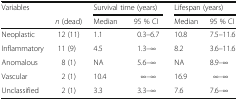
| <ROWSPAN=2> Variables |  | <COLSPAN=2> Survival time (years) | <COLSPAN=2> Lifespan (years) |
 | n (dead) | Median | 95 % CI | Median | 95 % CI |
 | --- | --- | --- | --- | --- | --- |
 | Neoplastic | 12 (11) | 1.1 | 0.3–6.7 | 10.8 | 7.5–11.6 |
 | Inflammatory | 11 (9) | 4.5 | 1.3–∞ | 8.2 | 3.6–11.6 |
 | Anomalous | 8 (1) | NA | 5.6–∞ | NA | 8.9–∞ |
 | Vascular | 2 (1) | 10.4 | ∞–∞ | 16.9 | ∞–∞ |
 | Unclassified | 2 (1) | 3.3 | 3.3–∞ | 7.6 | 7.6–∞ |